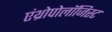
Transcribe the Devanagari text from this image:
एंथ्रोपोलॉजिस्ट